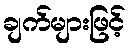
ချက်များဖြင့်